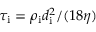
\tau _ { \mathrm { i } } = \rho _ { \mathrm { i } } d _ { \mathrm { i } } ^ { 2 } / ( 1 8 \eta )